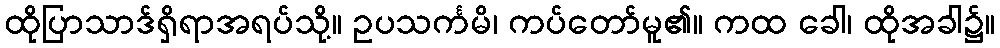
ထိုပြာသာဒ်ရှိရာအရပ်သို့။ ဥပသင်္ကမိ၊ ကပ်တော်မူ၏။ ကထ ခေါ၊ ထိုအခါ၌။